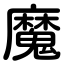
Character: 魔